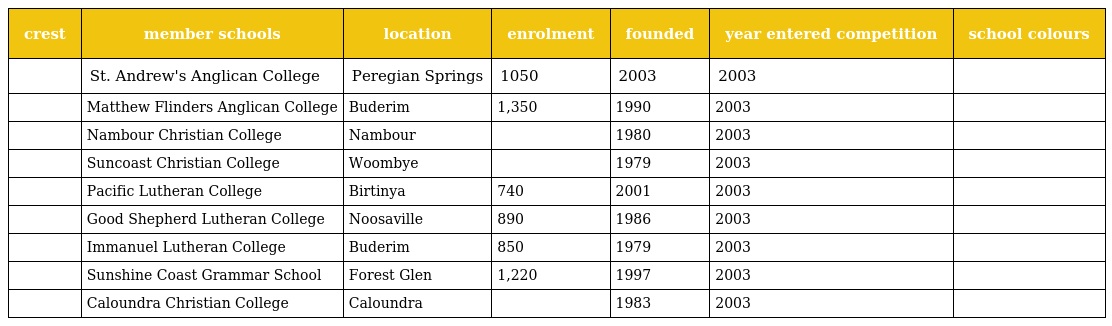
| crest | member schools | location | enrolment | founded | year entered competition | school colours |
 | --- | --- | --- | --- | --- | --- | --- |
 |  | St. Andrew's Anglican College | Peregian Springs | 1050 | 2003 | 2003 |  |
 |  | Matthew Flinders Anglican College | Buderim | 1,350 | 1990 | 2003 |  |
 |  | Nambour Christian College | Nambour |  | 1980 | 2003 |  |
 |  | Suncoast Christian College | Woombye |  | 1979 | 2003 |  |
 |  | Pacific Lutheran College | Birtinya | 740 | 2001 | 2003 |  |
 |  | Good Shepherd Lutheran College | Noosaville | 890 | 1986 | 2003 |  |
 |  | Immanuel Lutheran College | Buderim | 850 | 1979 | 2003 |  |
 |  | Sunshine Coast Grammar School | Forest Glen | 1,220 | 1997 | 2003 |  |
 |  | Caloundra Christian College | Caloundra |  | 1983 | 2003 |  |